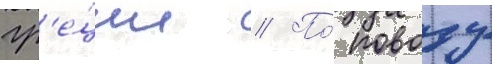
гр'е́ции // По́ поводу